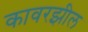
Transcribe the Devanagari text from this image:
कावरझील